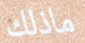
ماذلك